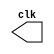
// Exemplo0042 - CLOCK
// Nome: Tiago Moreira

//------------------------
// Test Clock generator(2)
//------------------------
module clock(clk);
	output clk;
	reg clk;
	
	initial
		begin
		clk = 1'b0;
		end
		
	always
		begin
		#12 clk = ~clk;
		end
		
endmodule //clock

module pulse(signal, clock);
	input clock;
	output signal;
	reg signal;
	
	always @ (clock)
		begin
			signal = 1'b1;
		#3	signal = 1'b0;
		#3	signal = 1'b1;
		#3	signal = 1'b0;
		end
		
endmodule //pulse

module trigger(signal, on, clock);
	input on, clock;
	output signal;
	reg signal;
	
	always @ (posedge clock & on)
		begin
			#60	signal = 1'b1;
			#60	signal = 1'b0;
		end
endmodule //trigger

// --------------
//	Test clock
// --------------
module Exemplo0042;
	
	wire clk;
	clock CLK1(clk);
	
	reg p;
	
	wire p1,t1;
	
	pulse pulse1(p1,clk);
	trigger trigger1(t1,p,clk);
	
	initial
		begin
			p = 1'b0;
		end
		
	initial
		begin
		
		$display("Exemplo0042 - Clock with pulse and trigger\nNome: Tiago Moreira\nMatricula: 438948");
		$dumpfile("Exemplo0042.vcd");
		$dumpvars(1,clk,p1,p,t1);
		
		#060 p = 1'b1;
		#120 p = 1'b0;
		#180 p = 1'b1;
		#240 p = 1'b0;
		#300 p = 1'b1;
		#360 p = 1'b0;
		#376 $finish;
		end

endmodule //testClock

/* -- Documentacao complementar
 
 		Historico
 Nome						Data				Modificacao
 Exemplo0041			16/09/2011		Esboco Clock generator
 Exemplo0042			17/09/2011		Esboco Clock generator, com Pulse e Trigger

			Testes e Resultados

 Exemplo0041
		Variacao esperada ao longo do tempo:
		Tempo (unidades de tempo)	Valor do clock
		0									0
		10									0
		12									1 (transicao entre 0 e 1)
		23									1
		24									0 (transicao entre 1 e 0)
		119								1
*/